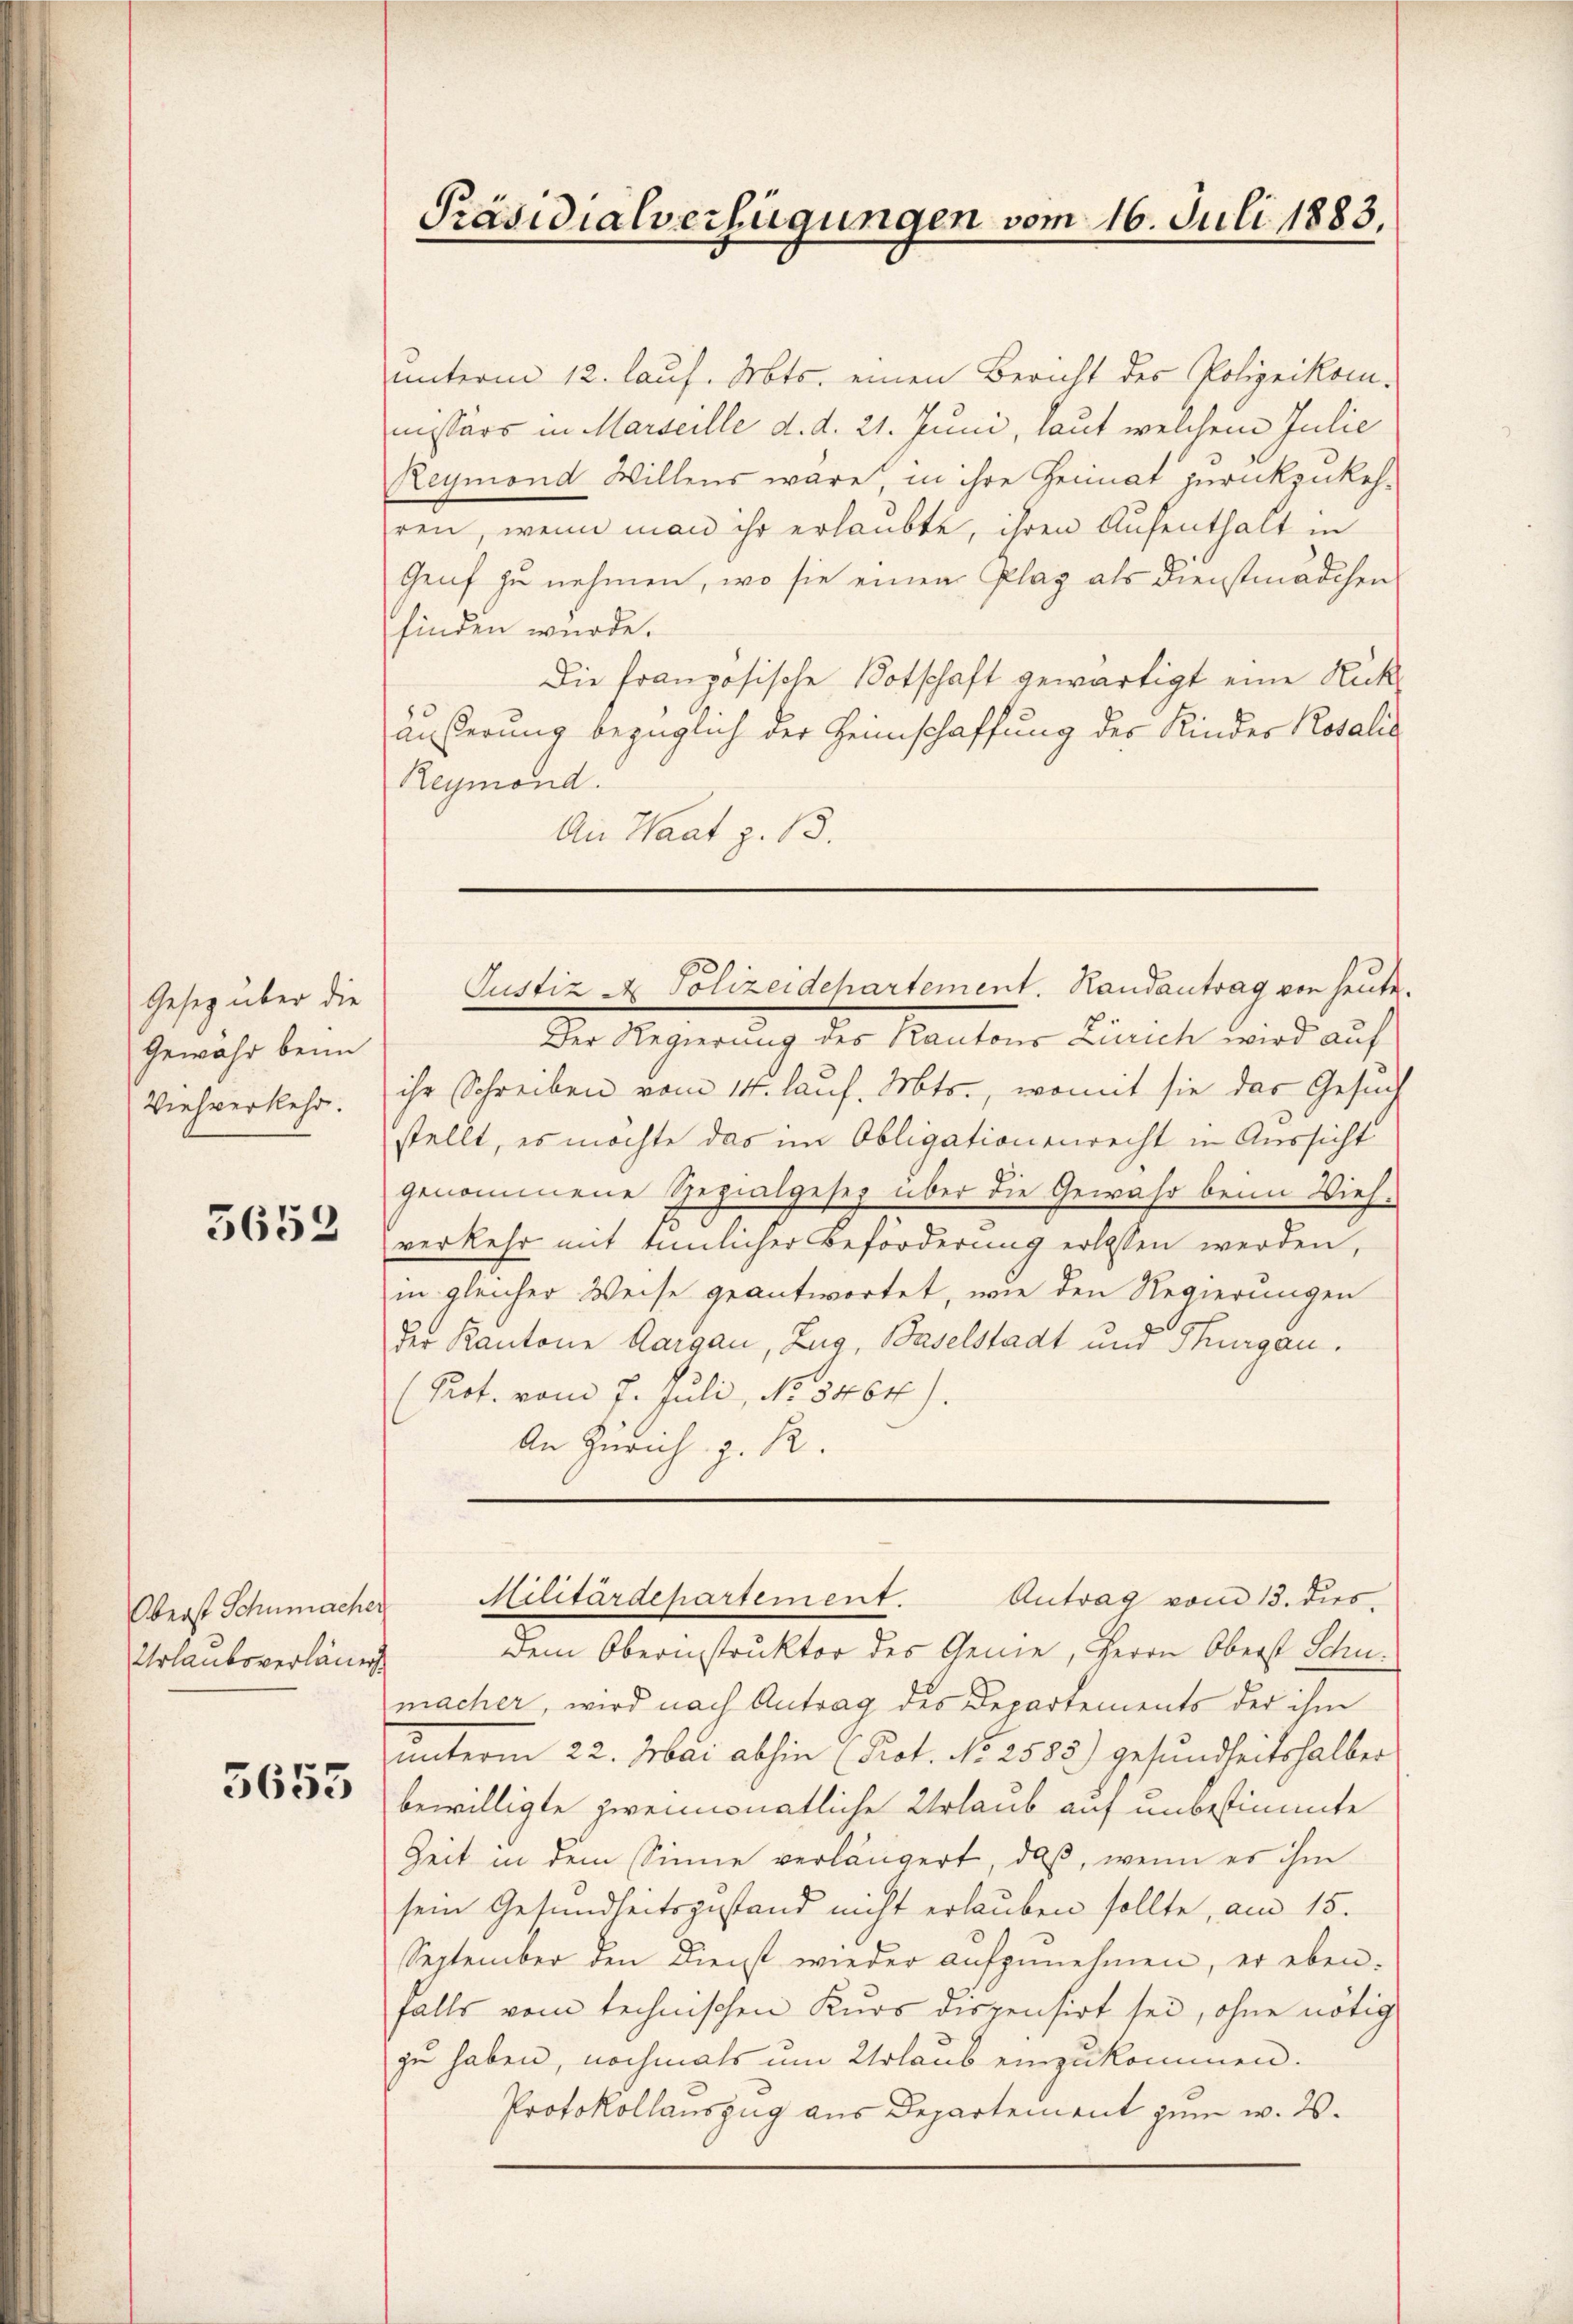
Gesetz über die
Gewahr beim
Viehverkehr.

3652

unterm 12. laus. Mts. einen Bericht des Polizeikom-
missärs in Marseille d. d. 21. Juni, laut welchem Julie
Reymond Willens wäre, in ihre Heimat zurückzukeh-
ren, wenn man ihr erlaubte, ihren Aufenthalt in
Genf zu nehmen, wo sie einen Plaz als Dienstmädchen
finden wurde.
Die französische Botschaft gewärtigt eine Rückäußerung bezüglich der Heimschaffung des Kindes Rosalis
Reymond.
An Waat z. B.

Oberst Schumacher
Urlaubsverläng

5655

Präsidialverfügungen vom 16. Juli 1883,

Der Regierung des Kantons Zürich wird auf
ihr Schreiben vom 14. lauf. Mts., womit sie das Gesuch
stellt, es möchte das im Obligationenrecht in Aussicht
genommene Rezialgesez über die Gewähr beim Vieh-
verkehr mit tunlicher Beförderung erlassen werden,
in gleicher Weise geantwortet, wie den Regierungen
der Kantone Aargau, Zug, Baselstadt und Thurgau.
(Prot. vom 7. Juli, No. 5464).
An Zürich z. R.

Justiz A Polizeidchartement. Randantrag von heute.

Dem Oberinstruktor des Genie, Herrn Oberst Schumacher, wird nach Antrag des Departements der ihm
unterm 22. Mai abhin (Prot. No 2583) gesundheitshalber
bewilligte zweimonatliche Urlaub auf unbestimmte
Zeit in dem Sinne verlängert, daß, wenn es ihm
sein Gesundheitszustand nicht erlauben sollte, am 15.
September den Dienst wieder aufzunehmen, er ebenfalls vom technischen Kurs dispensirt sei, ohne nötig
zu haben, nochmals um Urlaub einzukommen.
Protokollauszug aus Departement zum w. 2.

Antrag vom 13. dis
Militärdepartement.